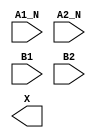
module sky130_fd_sc_hs__a2bb2o (
    //# {{data|Data Signals}}
    input  A1_N,
    input  A2_N,
    input  B1  ,
    input  B2  ,
    output X
);

    // Voltage supply signals
    supply1 VPWR;
    supply0 VGND;

endmodule